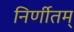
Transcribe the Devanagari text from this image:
निर्णीतम्